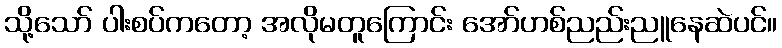
သို့သော် ပါးစပ်ကတော့ အလိုမတူကြောင်း အော်ဟစ်ညည်းညူနေဆဲပင်။